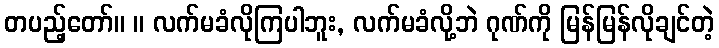
တပည့်တော်။ ။ လက်မခံလိုကြပါဘူး, လက်မခံလို့ဘဲ ဂုဏ်ကို မြန်မြန်လိုချင်တဲ့